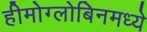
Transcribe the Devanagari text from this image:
हीमोग्लोबिनमध्ये